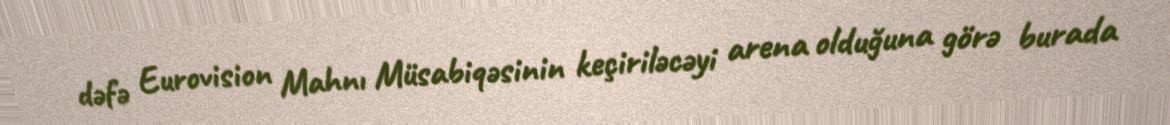
dəfə Eurovision Mahnı Müsabiqəsinin keçiriləcəyi arena olduğuna görə burada